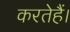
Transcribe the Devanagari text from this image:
करतेहैं।